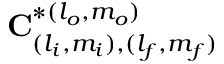
\mathbf { C } _ { ( l _ { i } , m _ { i } ) , ( l _ { f } , m _ { f } ) } ^ { * ( l _ { o } , m _ { o } ) }